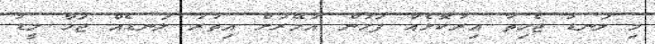
މި ލަނޑު ޖެހިތާ އިރުކޮޅެއް ފަހުން އުމޭރަށް އިތުރު ލަނޑެއް ޖަހާ ލީޑު